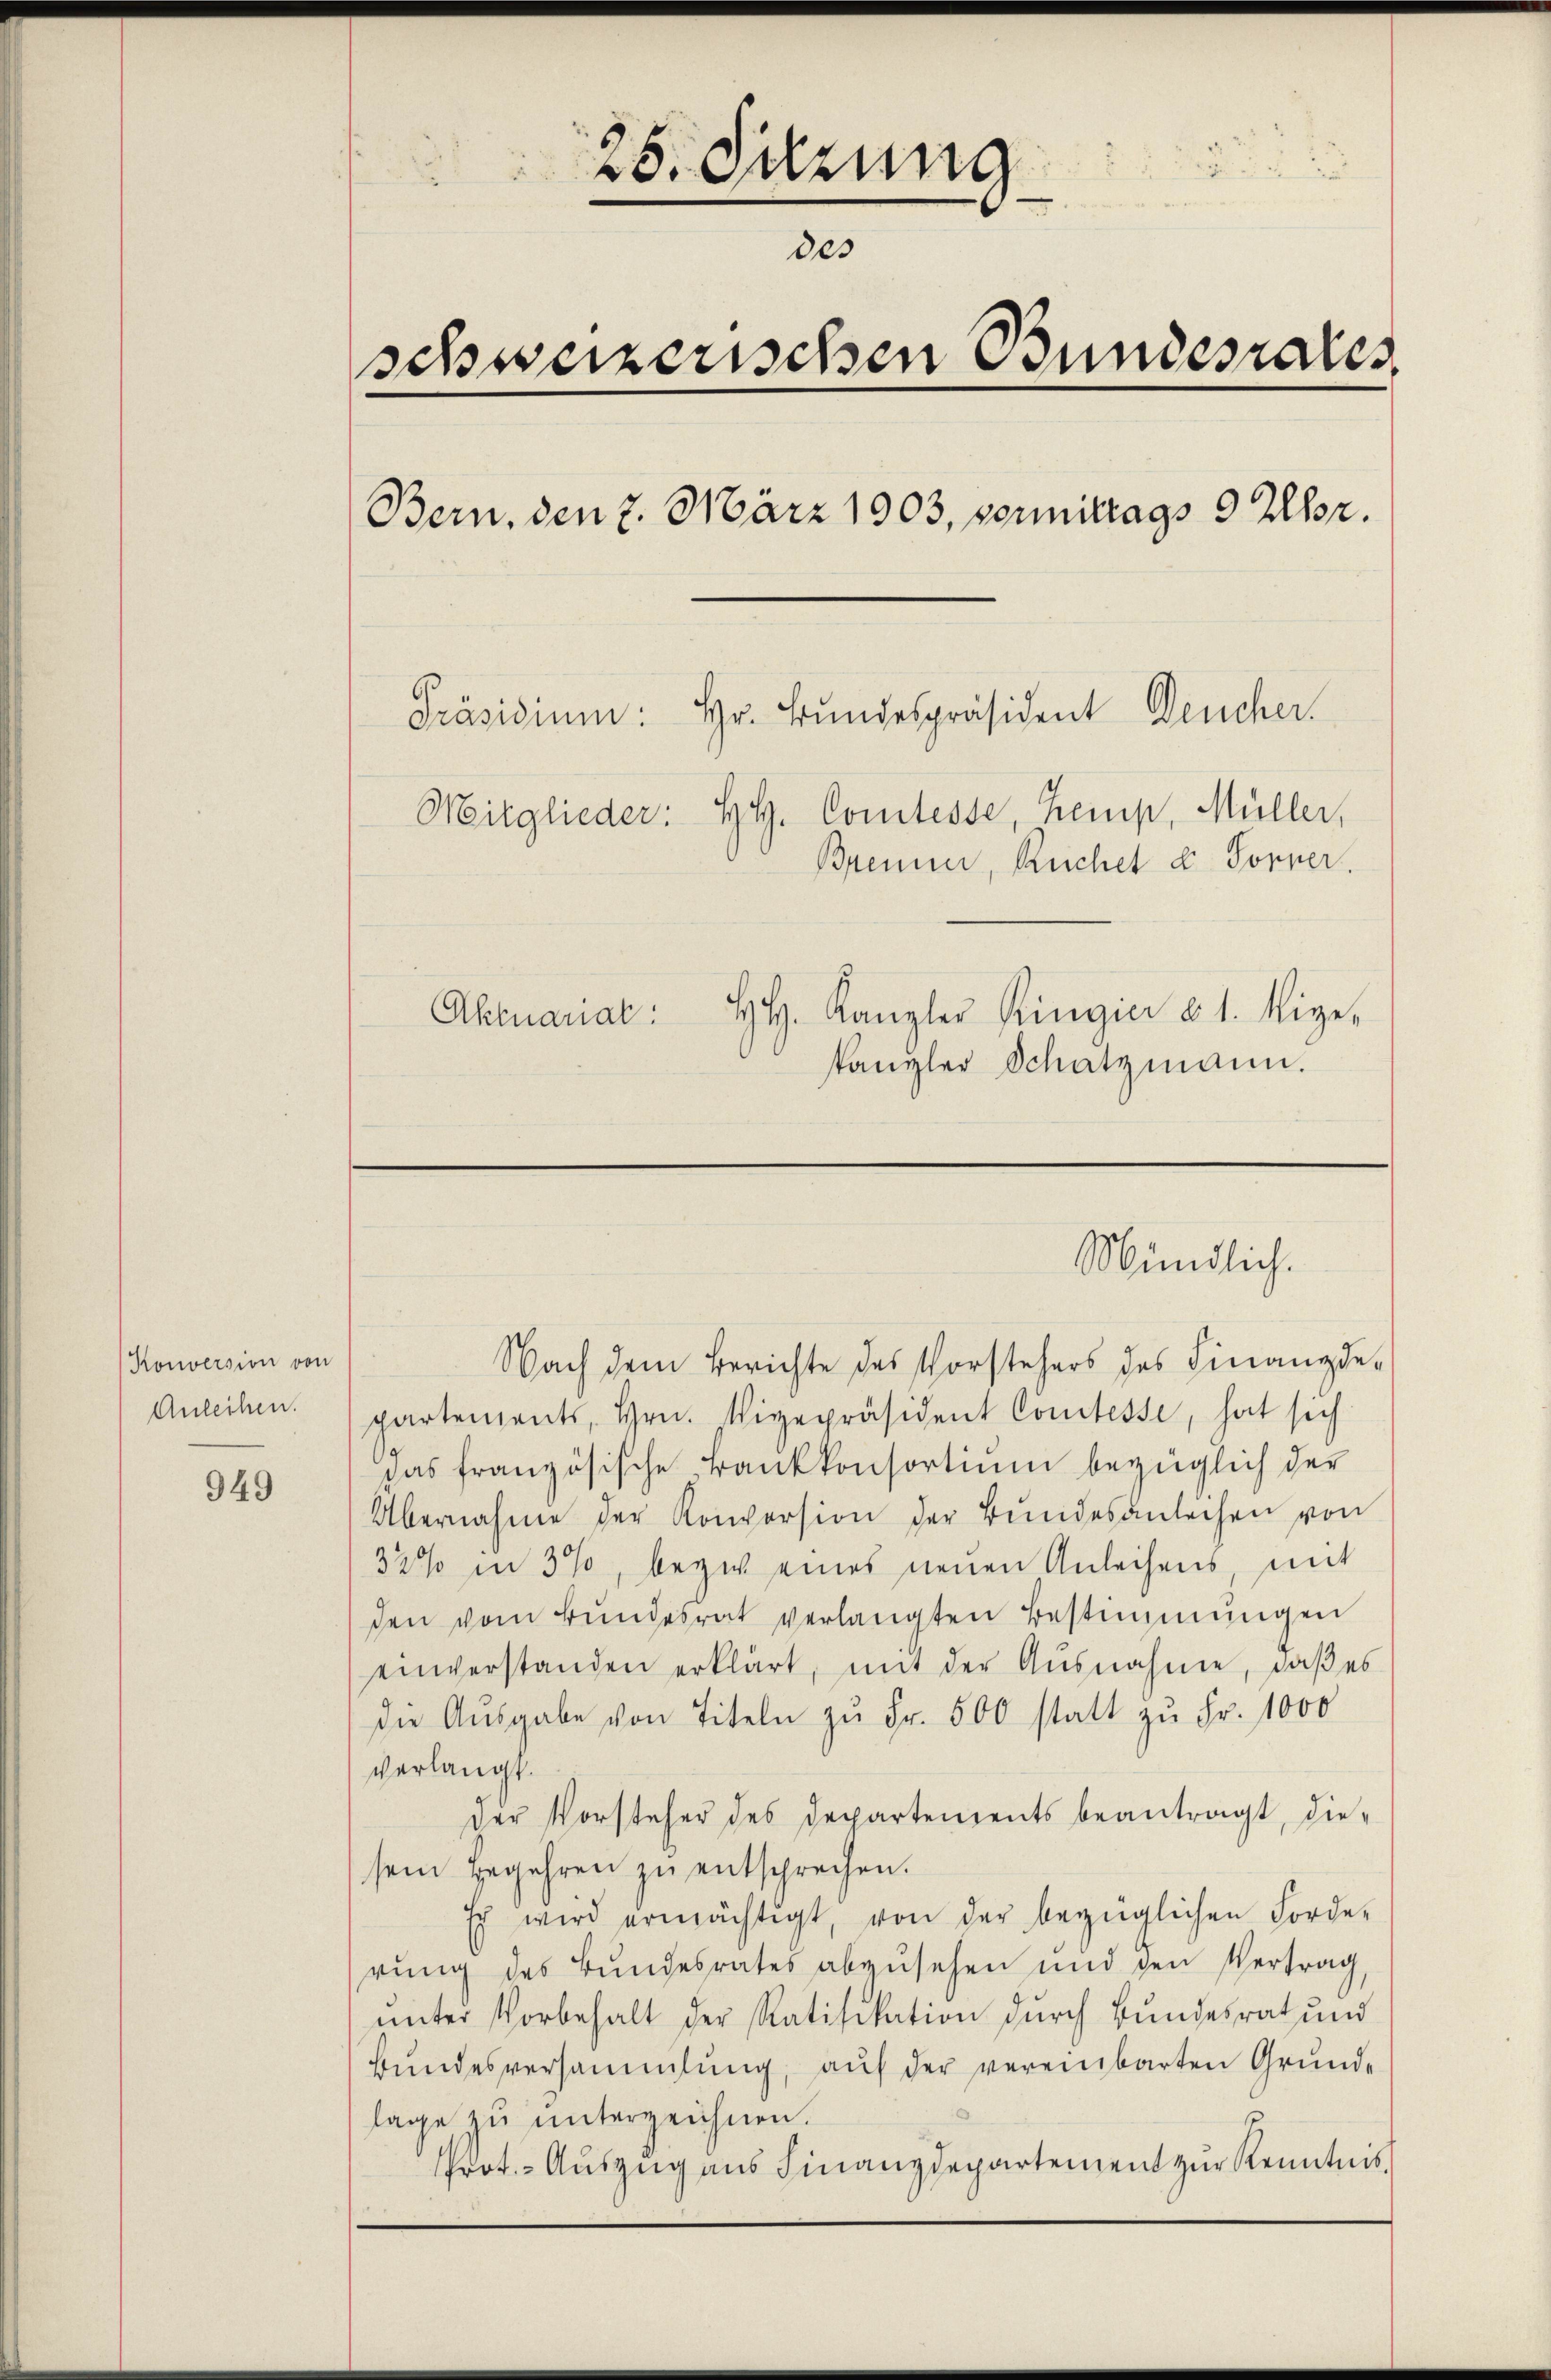
Konversion von
Anleihen.

949

25. Setzung
des
schweizerischen Bundesrates
Bern, den 7. März 1903, vormittags 9 Uhr.
Präsidium: Hr. Bundespräsident Deucher.
Mitglieder: HH. Comtesse, Kemp, Müller,
Brenner, Ruchel u. Forner.
HH. Kanzler Ringier §. 1. Rige.
Aktuarial:
kanzler Schatzmann.

Mündlich.

Nach dem Berichte des Vorstehers des Finanzdepartements, Hrn. Vigepräsident Comtesse, hat sich
das französische Bankkonsortium bezüglich der
Übernahme der Konversion der Bundesanleihen von
32% in 300, bezw eines neuen Anleihens, mit
den vom Bundesrat verlangten Bestimmungen
einverstanden erklärt, mit der Ausnahme, daβ es
die Aŭsgabe von Titeln zŭ Fr. 500 statt zŭ Fr. 1000
verlangt.
Der Vorsteher des Departements beantragt, diesein Begehren zŭ entsprechen.
Es wird ermächtigt, von der bezüglichen Forde-
rŭng des Bŭndesrates abzŭsehen und den Vertrag,
ŭnter Vorbehalt der Ratifikation durch Bundesrat und
Bundesversammlung, auf der vereinbarten Grunde
lage zu unterzeichnen.
Prot. - Auszug aus Finanzdepartement zur Kenntnis,